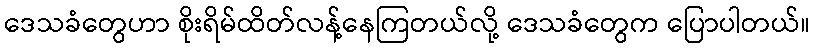
ဒေသခံတွေဟာ စိုးရိမ်ထိတ်လန့်နေကြတယ်လို့ ဒေသခံတွေက ပြောပါတယ်။